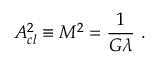
A _ { c l } ^ { 2 } \equiv M ^ { 2 } = \frac { 1 } { G \lambda } \ .